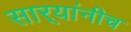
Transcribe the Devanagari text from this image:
सार्‍यांनीच